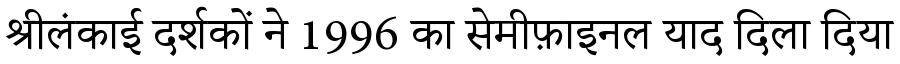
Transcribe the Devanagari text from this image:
श्रीलंकाई दर्शकों ने 1996 का सेमीफ़ाइनल याद दिला दिया